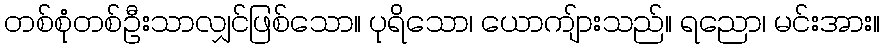
တစ်စုံတစ်ဦးသာလျှင်ဖြစ်သော။ ပုရိသော၊ ယောကျ်ားသည်။ ရညော၊ မင်းအား။